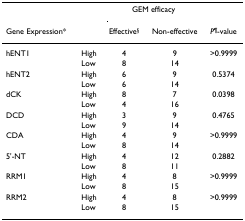
|  |  | <COLSPAN=2> GEM efficacy |  |
 | Gene Expression* |  | Effective§ | Non-effective | P¶-value |
 | --- | --- | --- | --- | --- |
 | hENT1 | High | 4 | 9 | >0.9999 |
 |  | Low | 8 | 14 |  |
 | hENT2 | High | 6 | 9 | 0.5374 |
 |  | Low | 6 | 14 |  |
 | dCK | High | 8 | 7 | 0.0398 |
 |  | Low | 4 | 16 |  |
 | DCD | High | 3 | 9 | 0.4765 |
 |  | Low | 9 | 14 |  |
 | CDA | High | 4 | 9 | >0.9999 |
 |  | Low | 8 | 14 |  |
 | 5'-NT | High | 4 | 12 | 0.2882 |
 |  | Low | 8 | 11 |  |
 | RRM1 | High | 4 | 8 | >0.9999 |
 |  | Low | 8 | 15 |  |
 | RRM2 | High | 4 | 8 | >0.9999 |
 |  | Low | 8 | 15 |  |